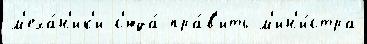
м'еха́н'ик'и с'юда́ пра́в'ить м'ин'и́стра